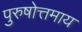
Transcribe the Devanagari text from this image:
पुरुषोत्तमाय